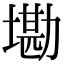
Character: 墈